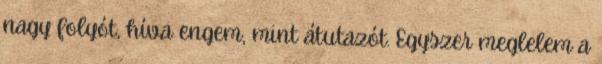
nagy folyót, híva engem, mint átutazót. Egyszer meglelem a